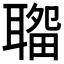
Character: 𦗎